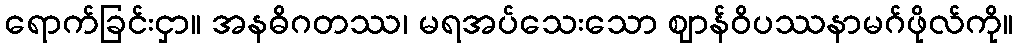
ရောက်ခြင်းငှာ။ အနဓိဂတဿ၊ မရအပ်သေးသော ဈာန်ဝိပဿနာမဂ်ဖိုလ်ကို။